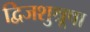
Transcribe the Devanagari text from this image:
द्विजशुश्रूषा